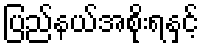
ပြည်နယ်အစိုးရနှင့်